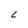
Character: L